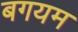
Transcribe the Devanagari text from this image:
बगयम